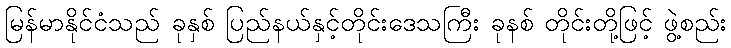
မြန်မာနိုင်ငံသည် ခုနှစ် ပြည်နယ်နှင့်တိုင်းဒေသကြီး ခုနစ် တိုင်းတို့ဖြင့် ဖွဲ့စည်း